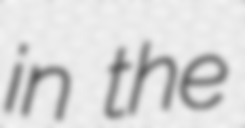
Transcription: in the